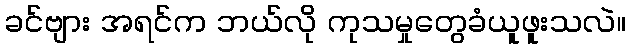
ခင်ဗျား အရင်က ဘယ်လို ကုသမှုတွေခံယူဖူးသလဲ။